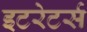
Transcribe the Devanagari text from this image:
इटरेटर्स